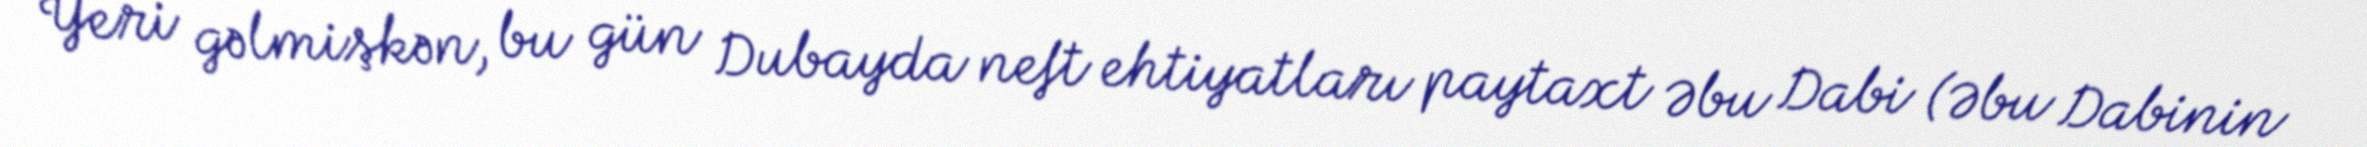
Yeri gəlmişkən, bu gün Dubayda neft ehtiyatları paytaxt Əbu Dabi (Əbu Dabinin